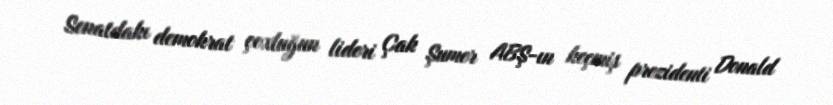
Senatdakı demokrat çoxluğun lideri Çak Şumer ABŞ-ın keçmiş prezidenti Donald